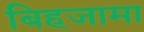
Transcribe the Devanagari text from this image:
बिहजामा